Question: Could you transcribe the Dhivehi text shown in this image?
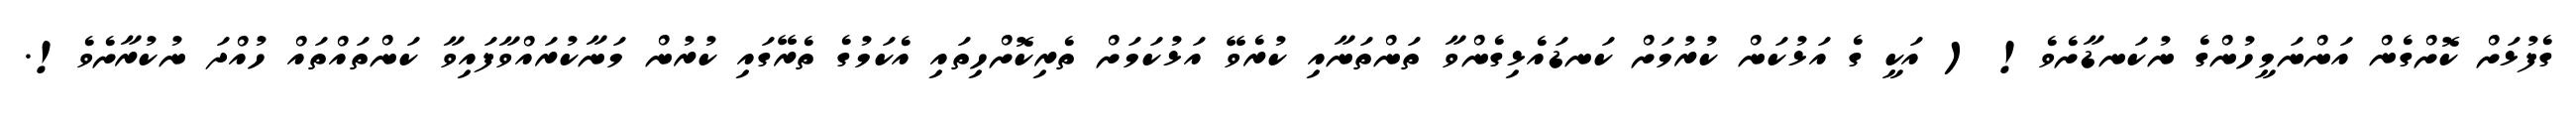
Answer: ގެފުޅަށް ކޮށްގެން އަންނަމީހުންގެ ނުކަނޑާށެވެ! ( އަކީ ގެ އަޅުކަން ކުރުމަށް ކަނޑައެޅިގެންވާ ތަންތަނާއި ކުރެވޭ އަޅުކަމަށް ތެރިކޮށްހިތައި އެކަމުގެ ތެރޭގައި ކުރުން މަނާކުރައްވާފައިވާ ކަންތައްތައް ހުއްދަ ނުކުރާށެވެ!.